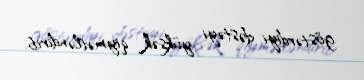
göstərdiyi dəstəyi yüksək qiymətləndirib.